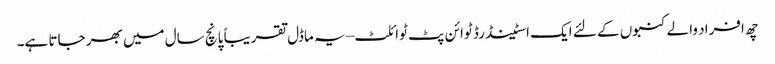
چھ افراد والے کنبوں کے لئے ایک اسٹینڈرڈ ٹوائن پٹ ٹوائلٹ – یہ ماڈل تقریباً پانچ سال میں بھر جاتا ہے۔